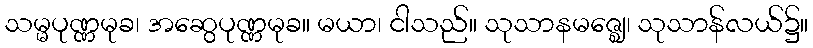
သမ္မပုဏ္ဏမုခ၊ အဆွေပုဏ္ဏမုခ။ မယာ၊ ငါသည်။ သုသာနမဇ္ဈေ၊ သုသာန်လယ်၌။